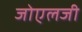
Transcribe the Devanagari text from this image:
जोएलजी